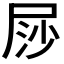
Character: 𡱳